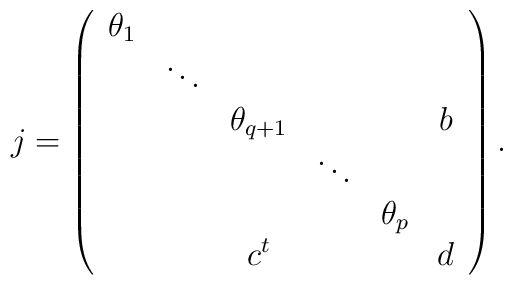
j=\left(\begin{array}{cccccc} \theta_1 &&&&&\\&\ddots&&&&\\ &&\theta_{q+1}&&& b\\ &&&\ddots &&\\&&&&\theta_p &\\&&c^t&&&d\end{array}\right).